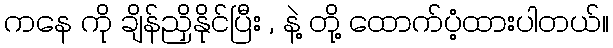
ကနေ ကို ချိန်ညှိနိုင်ပြီး , နဲ့ တို့ ထောက်ပံ့ထားပါတယ်။